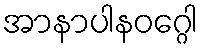
အာနာပါနဝဂ္ဂေါ